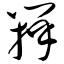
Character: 瓣